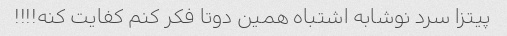
پیتزا سرد نوشابه اشتباه همین دوتا فکر کنم کفایت کنه!!!!